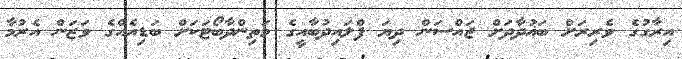
އިރާގުގެ ވެރިރަށް ބަޣުދާދަށް ޖައްސަން ދިޔަ ފްލައިދުބާއީގެ މަތިންދާބޯޓަކަށް ބަޑިއެއްގެ ވަޒަން އެރުމާ